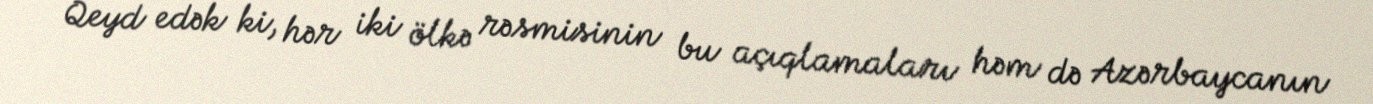
Qeyd edək ki, hər iki ölkə rəsmisinin bu açıqlamaları həm də Azərbaycanın